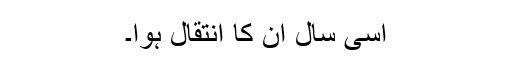
اسی سال ان کا انتقال ہوا۔